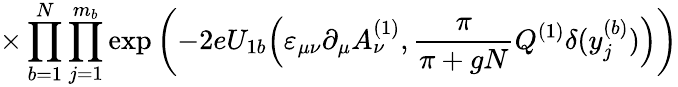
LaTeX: \times\prod_{b=1}^{N}\prod_{j=1}^{m_{b}}\exp\left(-2eU_{1b}\Big(\varepsilon_{\mu\nu}\partial_{\mu}A_{\nu}^{(1)},\frac{\pi}{\pi+gN}Q^{(1)}\delta(y_{j}^{(b)})\Big)\right)